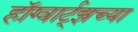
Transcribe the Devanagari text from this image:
हॉग्वार्ट्झच्या